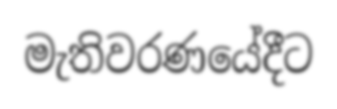
මැතිවරණයේදීට